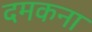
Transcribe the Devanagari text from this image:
दमकना